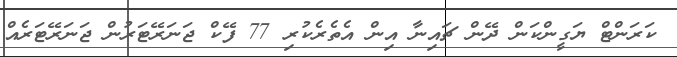
ކަރަންޓް ޔަގީންކަން ދޭން ޗައިނާ އިން އެތެރެކުރި 77 ފޭކް ޖަނަރޭޓަރުން ޖަނަރޭޓަރެއް